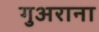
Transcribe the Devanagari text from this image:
गुअराना